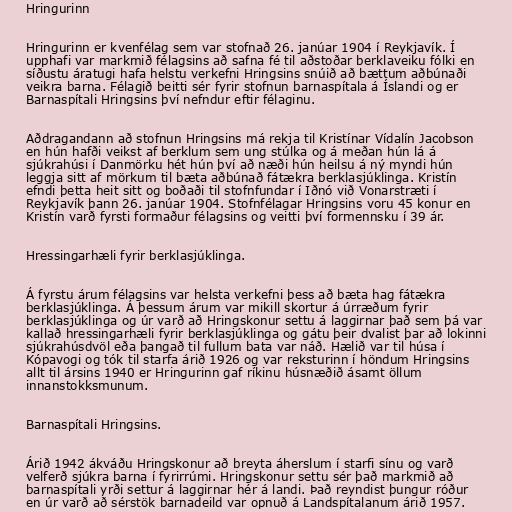
Hringurinn

Hringurinn er kvenfélag sem var stofnað 26. janúar 1904 í Reykjavík. Í
upphafi var markmið félagsins að safna fé til aðstoðar berklaveiku fólki en
síðustu áratugi hafa helstu verkefni Hringsins snúið að bættum aðbúnaði
veikra barna. Félagið beitti sér fyrir stofnun barnaspítala á Íslandi og er
Barnaspítali Hringsins því nefndur eftir félaginu.

Aðdragandann að stofnun Hringsins má rekja til Kristínar Vídalín Jacobson
en hún hafði veikst af berklum sem ung stúlka og á meðan hún lá á
sjúkrahúsi í Danmörku hét hún því að næði hún heilsu á ný myndi hún
leggja sitt af mörkum til bæta aðbúnað fátækra berklasjúklinga. Kristín
efndi þetta heit sitt og boðaði til stofnfundar í Iðnó við Vonarstræti í
Reykjavík þann 26. janúar 1904. Stofnfélagar Hringsins voru 45 konur en
Kristín varð fyrsti formaður félagsins og veitti því formennsku í 39 ár.

Hressingarhæli fyrir berklasjúklinga.

Á fyrstu árum félagsins var helsta verkefni þess að bæta hag fátækra
berklasjúklinga. Á þessum árum var mikill skortur á úrræðum fyrir
berklasjúklinga og úr varð að Hringskonur settu á laggirnar það sem þá var
kallað hressingarhæli fyrir berklasjúklinga og gátu þeir dvalist þar að lokinni
sjúkrahúsdvöl eða þangað til fullum bata var náð. Hælið var til húsa í
Kópavogi og tók til starfa árið 1926 og var reksturinn í höndum Hringsins
allt til ársins 1940 er Hringurinn gaf ríkinu húsnæðið ásamt öllum
innanstokksmunum.

Barnaspítali Hringsins.

Árið 1942 ákváðu Hringskonur að breyta áherslum í starfi sínu og varð
velferð sjúkra barna í fyrirrúmi. Hringskonur settu sér það markmið að
barnaspítali yrði settur á laggirnar hér á landi. Það reyndist þungur róður
en úr varð að sérstök barnadeild var opnuð á Landspítalanum árið 1957.